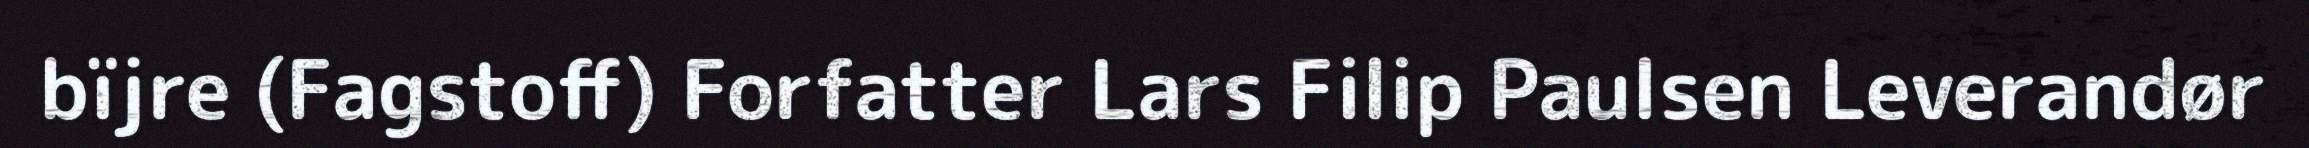
bïjre (Fagstoff) Forfatter Lars Filip Paulsen Leverandør